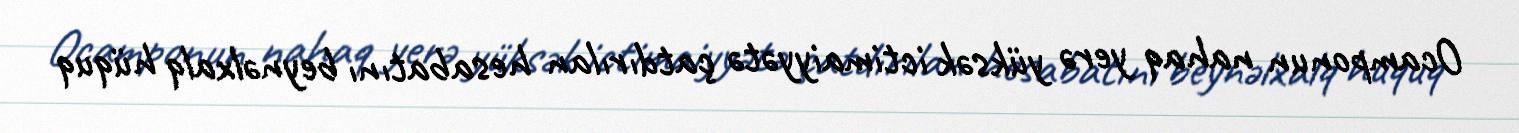
Ocamponun nahaq yerə yüksək ictimaiyyətə çatdırılan hesabatını beynəlxalq hüquq